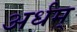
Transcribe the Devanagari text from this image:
अर्धम्